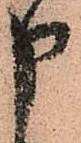
申